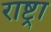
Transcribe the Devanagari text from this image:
राष्ट्रा